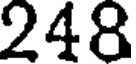
248